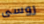
روسى